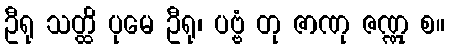
ဦရု သတ္ထိ ပုမေ ဦရု၊ ပဗ္ဗံ တု ဇာဏု ဇဏ္ဏု စ။